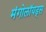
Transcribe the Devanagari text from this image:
मंगोलॉयड्स